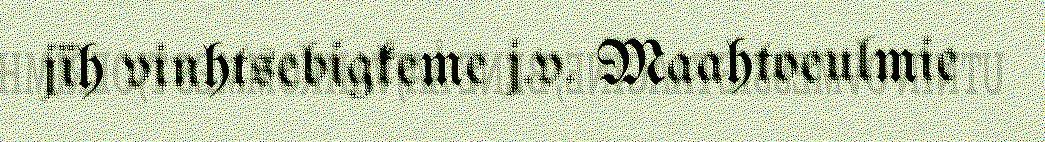
jïh vinhtsebigkeme j.v. Maahtoeulmie